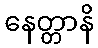
နေတ္တာနိ